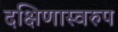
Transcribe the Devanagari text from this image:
दक्षिणास्वरुप